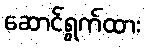
ဆောင်ရွက်ထား